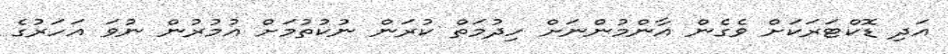
އަދި ޑޮކްޓަރަކަށް ވެގެން އާންމުންނަށް ހިދުމަތް ކުރަން ނުކުތުމަށް އުމުރުން ނުވަ އަހަރުގެ